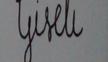
Signature authenticity: forged